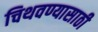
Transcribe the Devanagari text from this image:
चिथवण्यासाठी